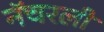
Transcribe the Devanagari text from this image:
नॅचरली